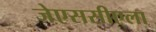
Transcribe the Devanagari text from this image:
जेएससीएला